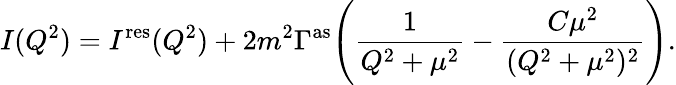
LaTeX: I(Q^{2})=I^{\mathrm{res}}(Q^{2})+2m^{2}\Gamma^{\mathrm{as}}\Biggl({\frac{1}{Q^{2}+\mu^{2}}}-{\frac{C\mu^{2}}{(Q^{2}+\mu^{2})^{2}}}\Biggr).